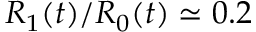
R _ { 1 } ( t ) / R _ { 0 } ( t ) \simeq 0 . 2